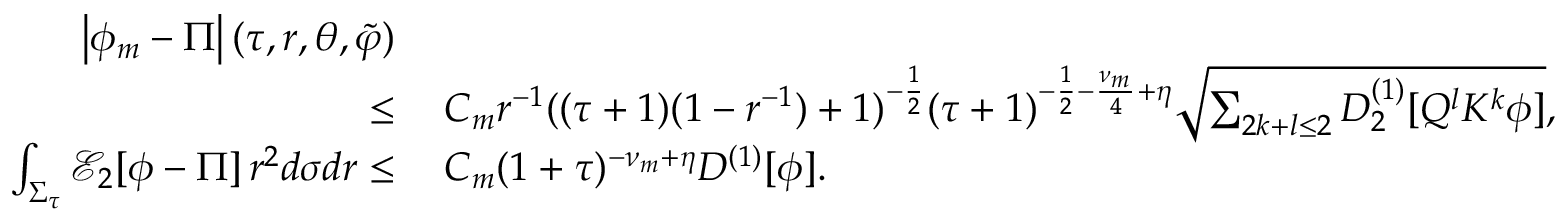
\begin{array} { r l } { \left| \phi _ { m } - \Pi \right| ( \tau , r , \theta , \widetilde { \varphi } ) } & { } \\ { \leq } & { \: C _ { m } r ^ { - 1 } ( ( \tau + 1 ) ( 1 - r ^ { - 1 } ) + 1 ) ^ { - \frac { 1 } { 2 } } ( \tau + 1 ) ^ { - \frac { 1 } { 2 } - \frac { \nu _ { m } } { 4 } + \eta } \sqrt { \sum _ { 2 k + l \leq 2 } D _ { 2 } ^ { ( 1 ) } [ Q ^ { l } K ^ { k } \phi ] } , } \\ { \int _ { \Sigma _ { \tau } } \mathcal { E } _ { 2 } [ \phi - \Pi ] \, r ^ { 2 } d \sigma d r \leq } & { \: C _ { m } ( 1 + \tau ) ^ { - \nu _ { m } + \eta } D ^ { ( 1 ) } [ \phi ] . } \end{array}